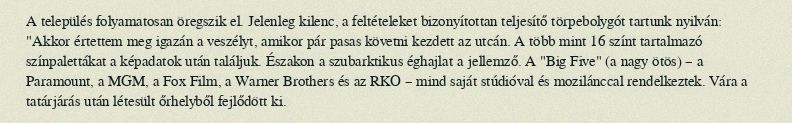
A település folyamatosan öregszik el. Jelenleg kilenc, a feltételeket bizonyítottan teljesítő törpebolygót tartunk nyilván: "Akkor értettem meg igazán a veszélyt, amikor pár pasas követni kezdett az utcán. A több mint 16 színt tartalmazó színpalettákat a képadatok után találjuk. Északon a szubarktikus éghajlat a jellemző. A "Big Five" (a nagy ötös) – a Paramount, a MGM, a Fox Film, a Warner Brothers és az RKO – mind saját stúdióval és mozilánccal rendelkeztek. Vára a tatárjárás után létesült őrhelyből fejlődött ki.